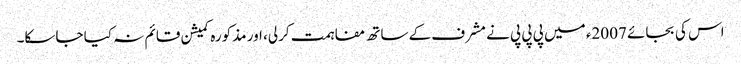
اس کی بجائے 2007ء میں پی پی پی نے مشرف کے ساتھ مفاہمت کرلی، اور مذکورہ کمیشن قائم نہ کیا جاسکا۔